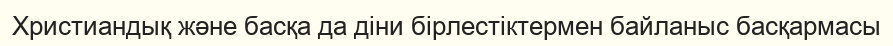
Христиандық және басқа да діни бірлестіктермен байланыс басқармасы